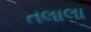
તલાલા